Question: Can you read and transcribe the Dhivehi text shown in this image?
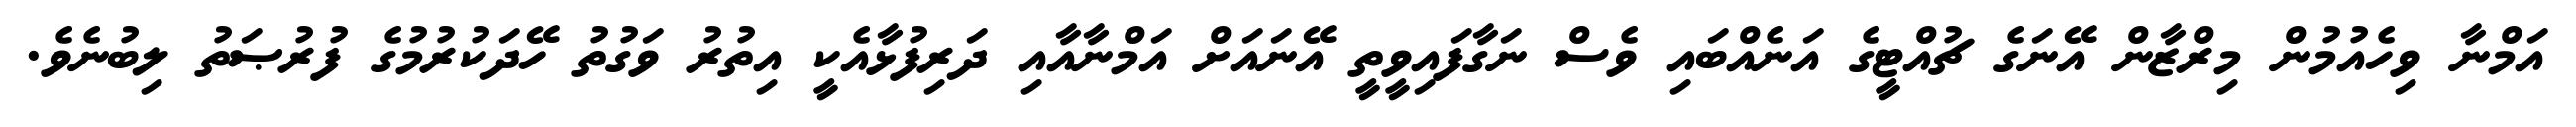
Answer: އަމްނާ ވިހެއުމުން މިރްޒާން އޭނަގެ ޗުއްޓީގެ އަނެއްބައި ވެސް ނަގާފައިވީތީ އޭނައަށް އަމްނާއާއި ދަރިފުޅާއެކީ އިތުރު ވަގުތު ހޭދަކުރުމުގެ ފުރުޞަތު ލިބުނެވެ.